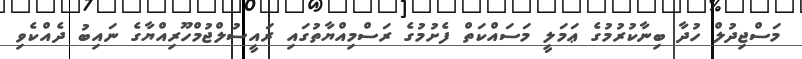
މަސްޖިދުލް ހުދާ ބިނާކުރުމުގެ ޢަމަލީ މަސައްކަތް ފެށުމުގެ ރަސްމިއްޔާތުގައި ރައީސުލްޖުމްހޫރިއްޔާގެ ނައިބު ދެއްކެވި